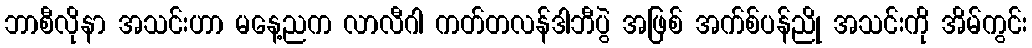
ဘာစီလိုနာ အသင်းဟာ မနေ့ညက လာလီဂါ ကတ်တလန်ဒါဘီပွဲ အဖြစ် အက်စ်ပန်ညို အသင်းကို အိမ်ကွင်း